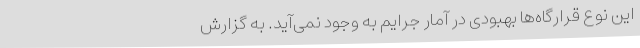
این نوع قرارگاه‌ها بهبودی در آمار جرایم به وجود نمی‌آید. به گزارش